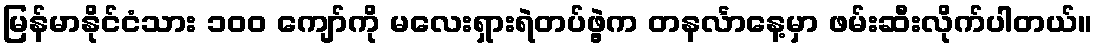
မြန်မာနိုင်ငံသား ၁၀၀ ကျော်ကို မလေးရှားရဲတပ်ဖွဲ့က တနင်္လာနေ့မှာ ဖမ်းဆီးလိုက်ပါတယ်။